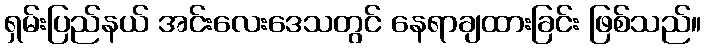
ရှမ်းပြည်နယ် အင်းလေးဒေသတွင် နေရာချထားခြင်း ဖြစ်သည်။